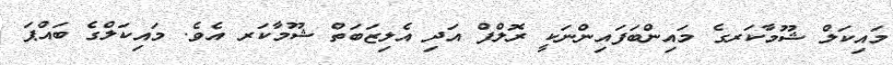
މައިކަލް ޝޫމާކަރގެ މައިންބަފައިންނަކީ ރޮލްފް އަދި އެލިޒަބަތް ޝޫމާކަރ އެވެ. މައިކަލްގެ ބައްޕަ